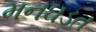
મનઘડત